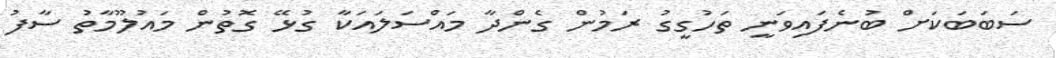
ސަބަބަކަށް ބުނެފައިވަނީ ތަހުގީގު ރަމުން ގެންދާ މައްސަލައަކާ ގުޅޭ ގޮތުން މައުލޫމާތު ސާފު